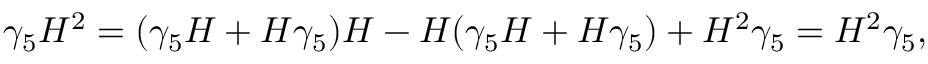
\gamma _ { 5 } H ^ { 2 } = ( \gamma _ { 5 } H + H \gamma _ { 5 } ) H - H ( \gamma _ { 5 } H + H \gamma _ { 5 } ) + H ^ { 2 } \gamma _ { 5 } = H ^ { 2 } \gamma _ { 5 } ,